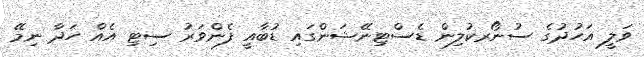
ވަލީ އަހުދުގެ ސުނޯރކުލިން ޑެސްޓިނޭޝަންގައި ޑުބާއީ ފެންވަރު ސިޓި އެެއް ހަދާ ނިމޭ